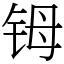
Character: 𬭁